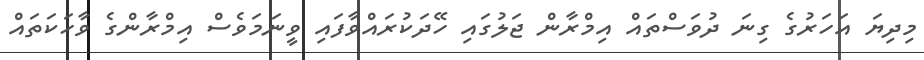
މިދިޔަ އަހަރުގެ ގިނަ ދުވަސްތައް އިމްރާން ޖަލުގައި ހޭދަކުރައްވާފައި ވީނަމަވެސް އިމްރާންގެ ވާހަކަތައް